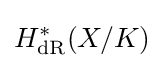
H_{\mathrm {dR} }^{\ast }(X/K)